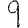
Digit: 9